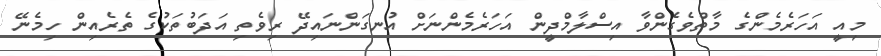
މިއީ އަހަރެމެންގެ މާތްވެގެންވާ އިސްލާމްދީން އަހަރެމެންނަށް އުނގަންނައިދޭ ރިވެތި އަދަބުތަކުގެ ތެރެއިން ހިމެނޭ